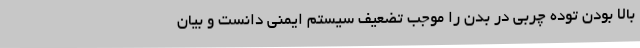
بالا بودن توده چربی در بدن را موجب تضعیف سیستم ایمنی دانست و بیان